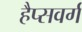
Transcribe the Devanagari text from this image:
हैप्सवर्ग